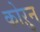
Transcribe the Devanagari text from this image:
कोऱुन